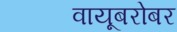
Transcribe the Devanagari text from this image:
वायूबरोबर